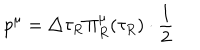
p ^ { \mu } = \triangle \tau _ { R } \Pi _ { R } ^ { \mu } ( \tau _ { R } ) \cdot \frac 1 2